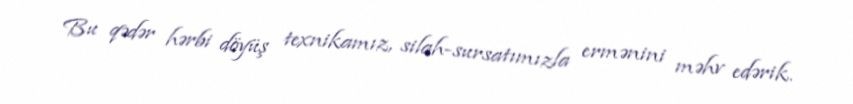
Bu qədər hərbi döyüş texnikamız, silah-sursatımızla ermənini məhv edərik.